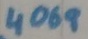
Text: 4069